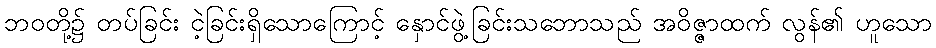
ဘဝတို့၌ တပ်ခြင်း ငဲ့ခြင်းရှိသောကြောင့် နှောင်ဖွဲ့ခြင်းသဘောသည် အဝိဇ္ဇာထက် လွန်၏ ဟူသော